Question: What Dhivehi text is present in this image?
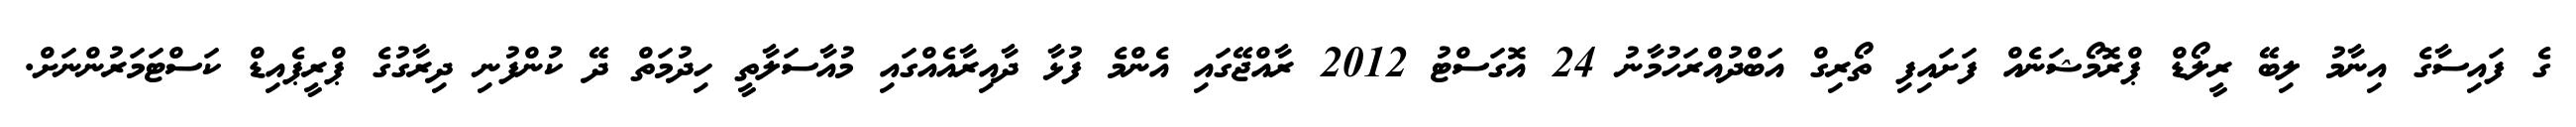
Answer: ގެ ފައިސާގެ އިނާމު ލިބޭ ރީލޯޑް ޕްރޮމޯޝަނެއް ފަށައިފި ތޯރިގް އަބްދުއްރަހުމާނު 24 އޮގަސްޓު 2012 ރާއްޖޭގައި އެންމެ ފުޅާ ދާއިރާއެއްގައި މުއާސަލާތީ ހިދުމަތް ދޭ ކުންފުނި ދިރާގުގެ ޕްރީޕެއިޑް ކަސްޓަމަރުންނަށް.